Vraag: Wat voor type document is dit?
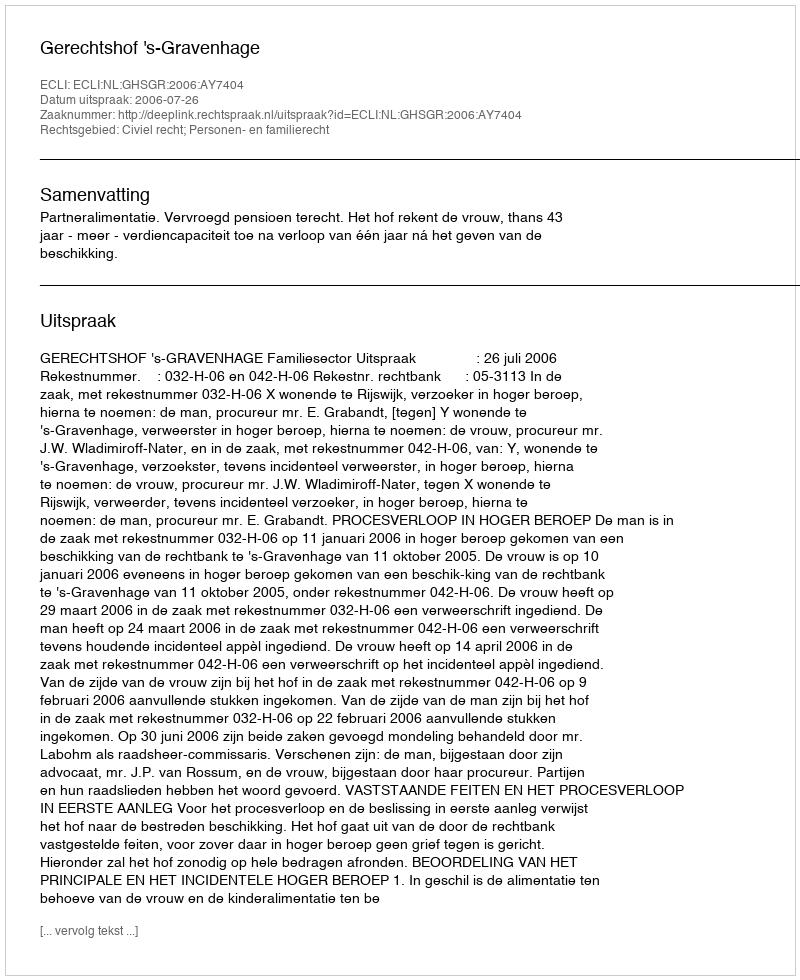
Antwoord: Uitspraak